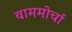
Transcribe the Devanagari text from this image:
वाममोर्चा